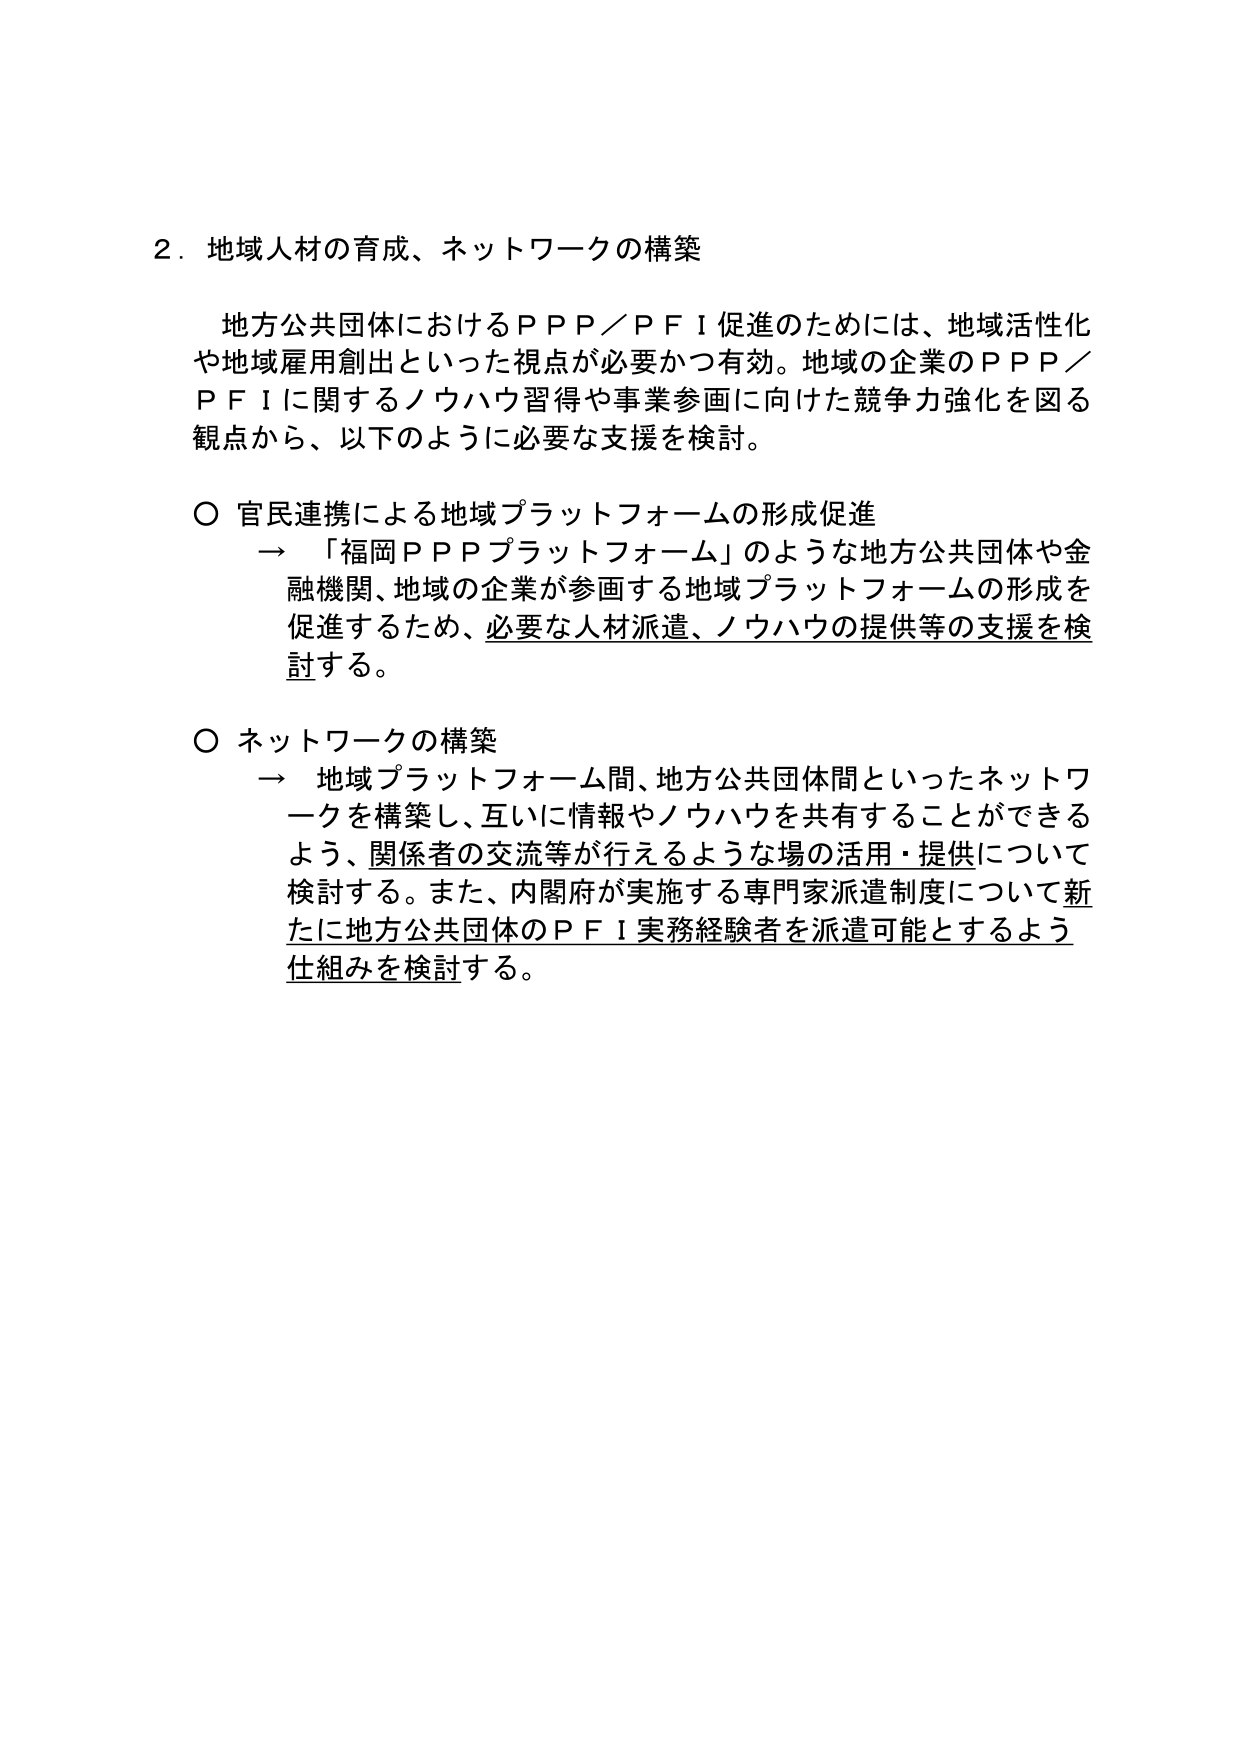
２．地域人材の育成、ネットワークの構築

地方公共団体におけるＰＰＰ／ＰＦＩ促進のためには、地域活性化や地域雇用創出といった視点が必要かつ有効。地域の企業のＰＰＰ／ＰＦＩに関するノウハウ習得や事業参画に向けた競争力強化を図る観点から、以下のように必要な支援を検討。

○ 官民連携による地域プラットフォームの形成促進
　→ 「福岡ＰＰＰプラットフォーム」のような地方公共団体や金融機関、地域の企業が参画する地域プラットフォームの形成を促進するため、必要な人材派遣、ノウハウの提供等の支援を検討する。

○ ネットワークの構築
　→ 地域プラットフォーム間、地方公共団体間といったネットワークを構築し、互いに情報やノウハウを共有することができるよう、関係者の交流等が行えるような場の活用・提供について検討する。また、内閣府が実施する専門家派遣制度について新たに地方公共団体のＰＦＩ実務経験者を派遣可能とするよう仕組みを検討する。